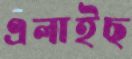
এলাইছ